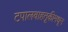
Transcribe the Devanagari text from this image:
टपालवाहतूकीमधून